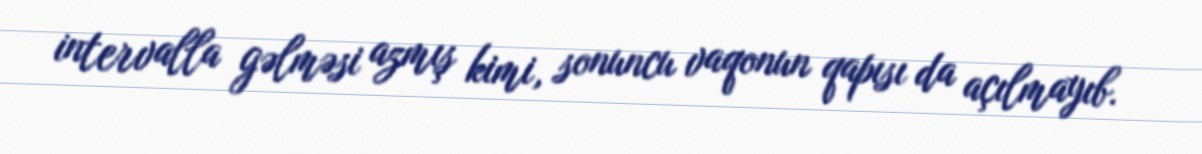
intervalla gəlməsi azmış kimi, sonuncu vaqonun qapısı da açılmayıb.